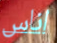
اناس